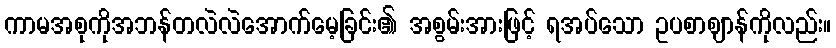
ကာမအစုကိုအဘန်တလဲလဲအောက်မေ့ခြင်း၏ အစွမ်းအားဖြင့် ရအပ်သော ဥပစာဈာန်ကိုလည်း။